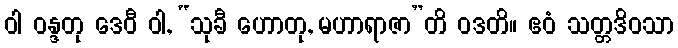
ဝါ ဝန္ဒတု ဒေဝီ ဝါ, “သုခီ ဟောတု, မဟာရာဇာ”တိ ဝဒတိ။ ဧဝံ သတ္တဒိဝသာ